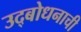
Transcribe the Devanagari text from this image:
उद्बोधनाची